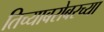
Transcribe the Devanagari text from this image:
तिच्याबरोबरच्या